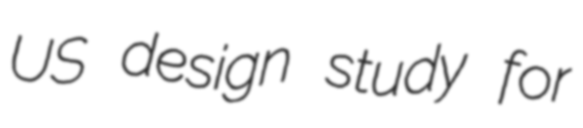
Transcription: US design study for